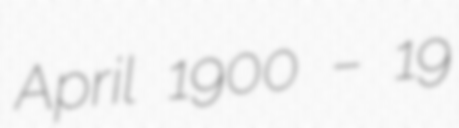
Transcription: April 1900 – 19